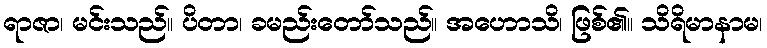
ရာဇာ၊ မင်းသည်။ ပိတာ၊ ခမည်းတော်သည်။ အဟောသိ၊ ဖြစ်၏။ သိရိမာနာမ၊